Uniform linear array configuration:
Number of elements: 12
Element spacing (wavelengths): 0.75
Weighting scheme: uniform
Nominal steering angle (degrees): -45
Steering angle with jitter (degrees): -46.304
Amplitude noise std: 0.05
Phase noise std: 0.05

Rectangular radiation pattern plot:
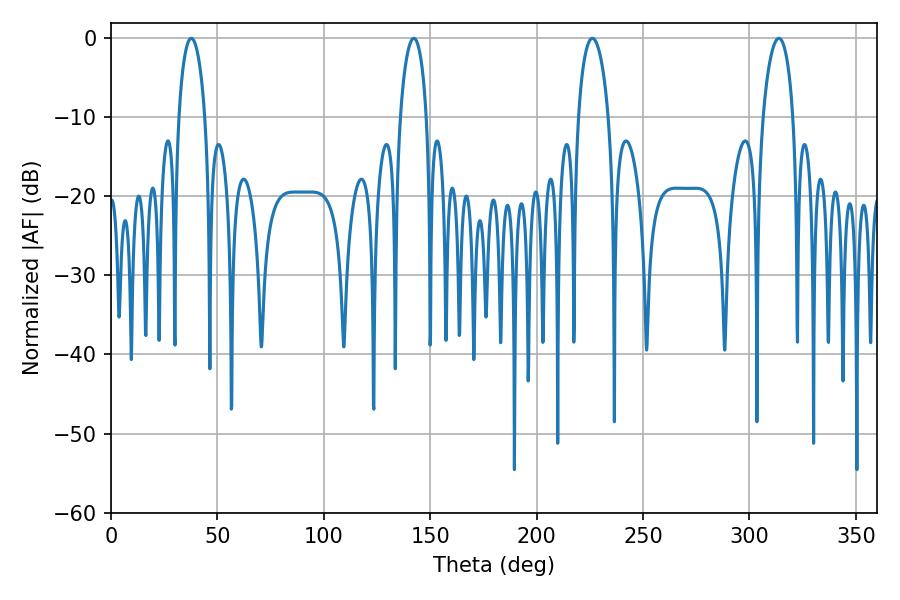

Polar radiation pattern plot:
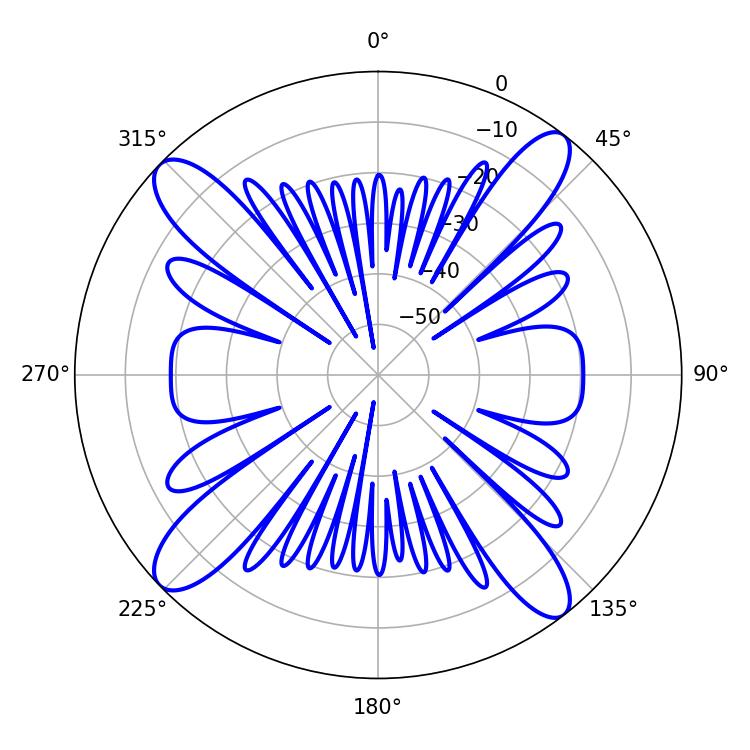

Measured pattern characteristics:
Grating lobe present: TRUE
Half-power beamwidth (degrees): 8.1
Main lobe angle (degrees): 226.26